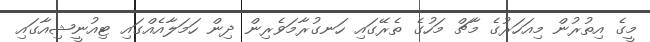
މީގެ އިތުރުން މިއަހަރުގެ މާޗް މަހުގެ ތެރޭގައި ހަނގުރާމަވެރިން ދިން ހަމަލާއެއްގައި ޓިއުނީޝިއާގައި